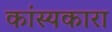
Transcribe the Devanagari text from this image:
कांस्यकारा